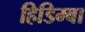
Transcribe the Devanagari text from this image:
हिडिम्‍बा